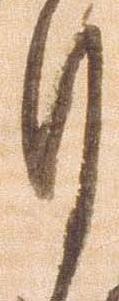
月